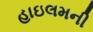
હાઇલમની